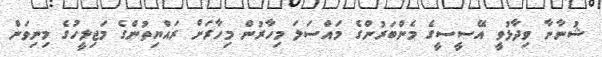
ޝުނާނާ ވިދާޅުވީ އޭސީސީގެ މެންބަރުންގެ މައްސަލަ މިހާރުން މިހާރަށް ރައްޔިތުންގެ މަޖިލީހުގެ މިނިވަން